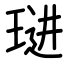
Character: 琎